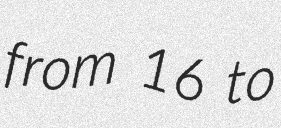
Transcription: from 16 to